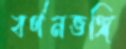
বর্ণনভঙ্গি